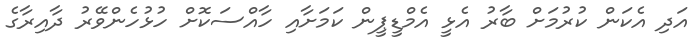
އަދި އެކަން ކުރުމަށް ބާރު އެޅީ އެމްޑީޕީން ކަމަށާއި ހާއްސަކޮށް ހުޅުހެންވޭރު ދާއިރާގެ